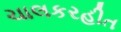
ચાલકરહીત